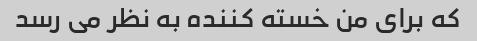
که برای من خسته کننده به نظر می رسد